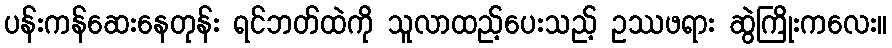
ပန်းကန်ဆေးနေတုန်း ရင်ဘတ်ထဲကို သူလာထည့်ပေးသည့် ဥဿဖရား ဆွဲကြိုးကလေး။